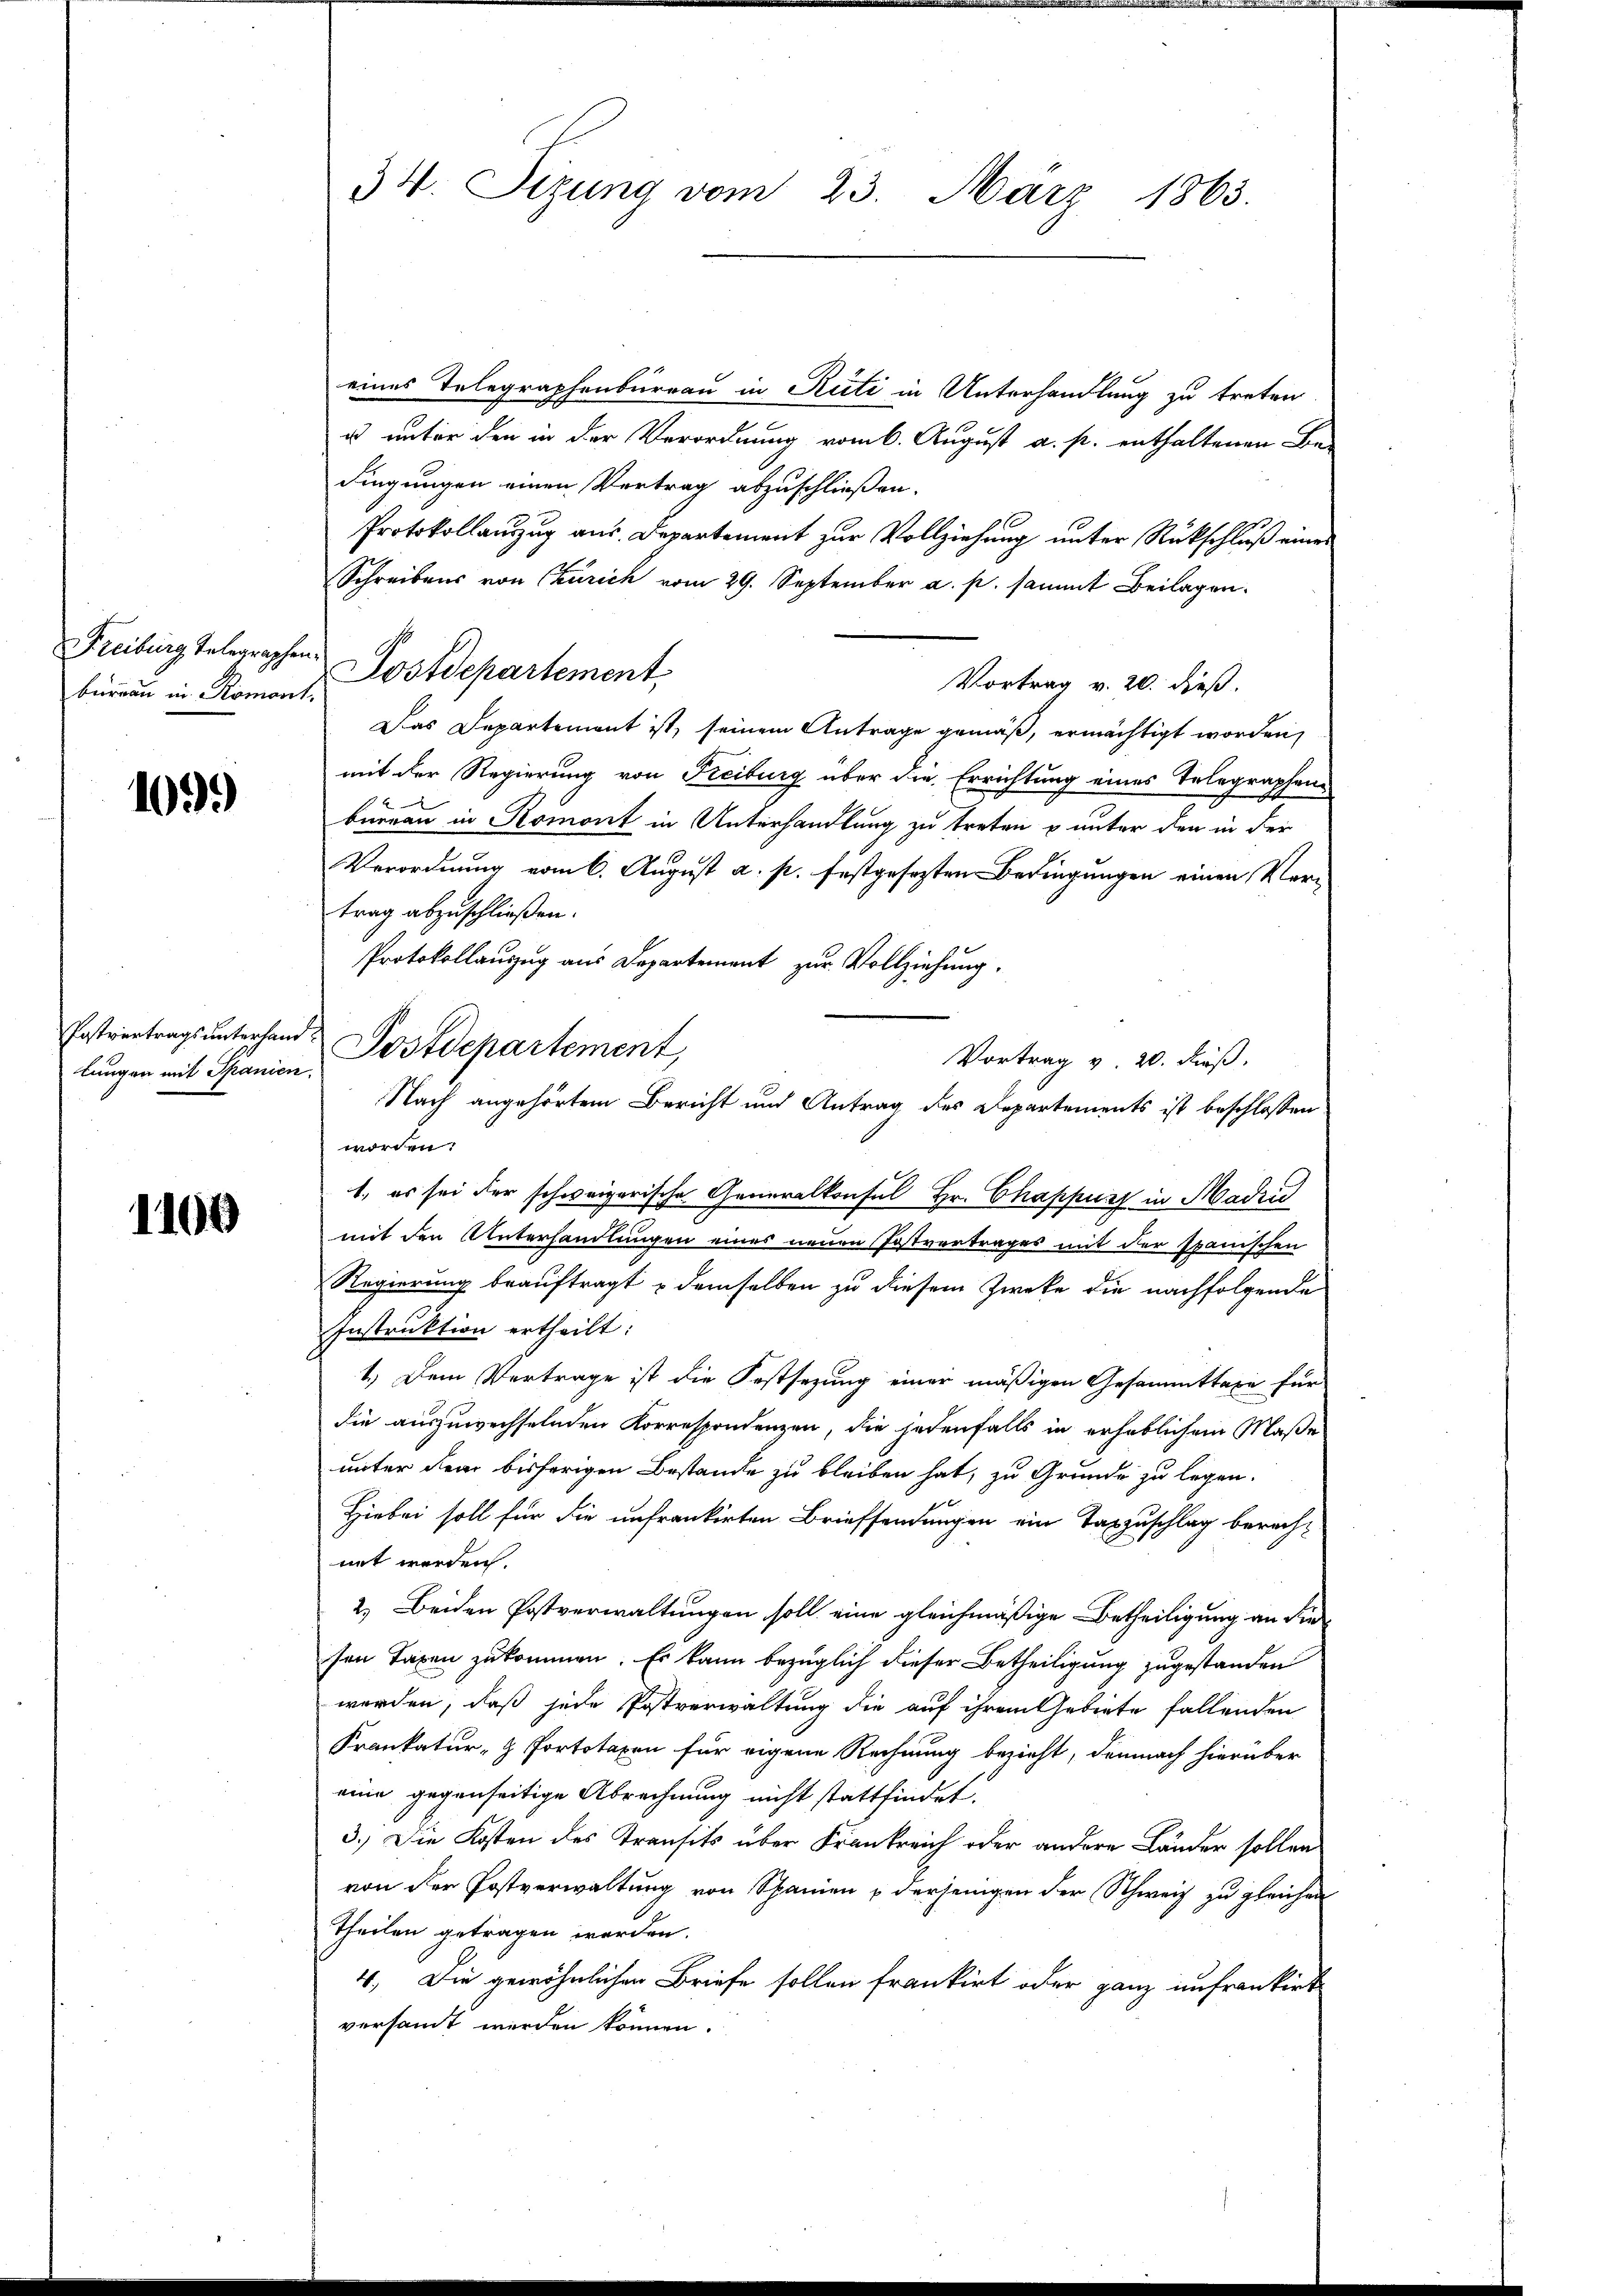
Freiburg Telegraphe
bureau in Romont.

109.)

lungen mit Spanien.

1100

eines Telegraphenburgau in Rüti in Unterhandlung zu treten
u unter den in der Verordnung vom 6. August a. p. enthaltenen Be-
dingungen einen Vortrag abzuschließen.
Protokollauszug aus. Departement zur Vollziehung unter Rückschluß eines
Schreibens von Czurich vom 29. September a. p. sammt Beilagen.
.
Postdepartement,
Vortrag v. 20. dieß.
Das Departement ist, seinem Antrage gemäß, ermächtigt worden,
mit der Regierung von Freiburg über die Errichtung eines Telegraphen-
büreau in Romont in Unterhandlung zu treten u unter den in der
Verordnung vom 6. August a. p. festgesezten Bedingungen einen Vertrag abzuschließen.
Protokollauszug aus Departement zur Vollziehung.
Vortrag v. 20. dieß.
Nach angehörtem Bericht und Antrag des Departements ist beschlossen
worden:
1., es sei der schweizerische Generalkonsul Hr. Chappurs in Madin
mit den Unterhandlungen eines neuen Postvertrages mit der spanischen
Regierung beauftragt u demselben zu diesem Zwecke die nachfolgende
Instruktion ertheilt:
1.) Dem Vertrage ist die Festsezung einer mäßigen Gesammttaxe für
die auszuwechselnden Korrespondenzen, die jedenfalls in erheblichem Maße
unter dem bisherigen Bestände zu bleiben hat, zu Grunde zu legen.
Hiebei soll für die unfrenkirten Brieffendungen ein Tagzuschlag berechnit werden.
2) Beiden Postverwaltungen soll eine gleichmäßige Betheiligung an die
sen Taxen zukommen. Es kann bezüglich dieser Betheiligung zugestanden
werden, daß jede Postverwaltung die auf ihrem Gebiete fallenden
Krankatur- & Portotaxen für eigene Rechnung bezieht, demnach hierüber
eine gegenseitige Abrechnung nicht stattfindet.
3.) Die Kosten des Transits über Frankreich oder andere Länder sollen
von der Postverwaltung von Spanien u derjenigen der Schweiz zu gleichen
Theilen getragen werden.
4. Die gewöhnlichen Briefe sollen frankirt oder ganz unfrankirt
versammt werden können.

34. Sizung vom 23. März 1863.

Postvertrags unterhand Postdepartement,